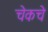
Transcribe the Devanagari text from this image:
चेकचे